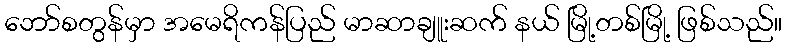
ဘော်စတွန်မှာ အမေရိကန်ပြည် မာဆာချူးဆက် နယ် မြို့တစ်မြို့ ဖြစ်သည်။